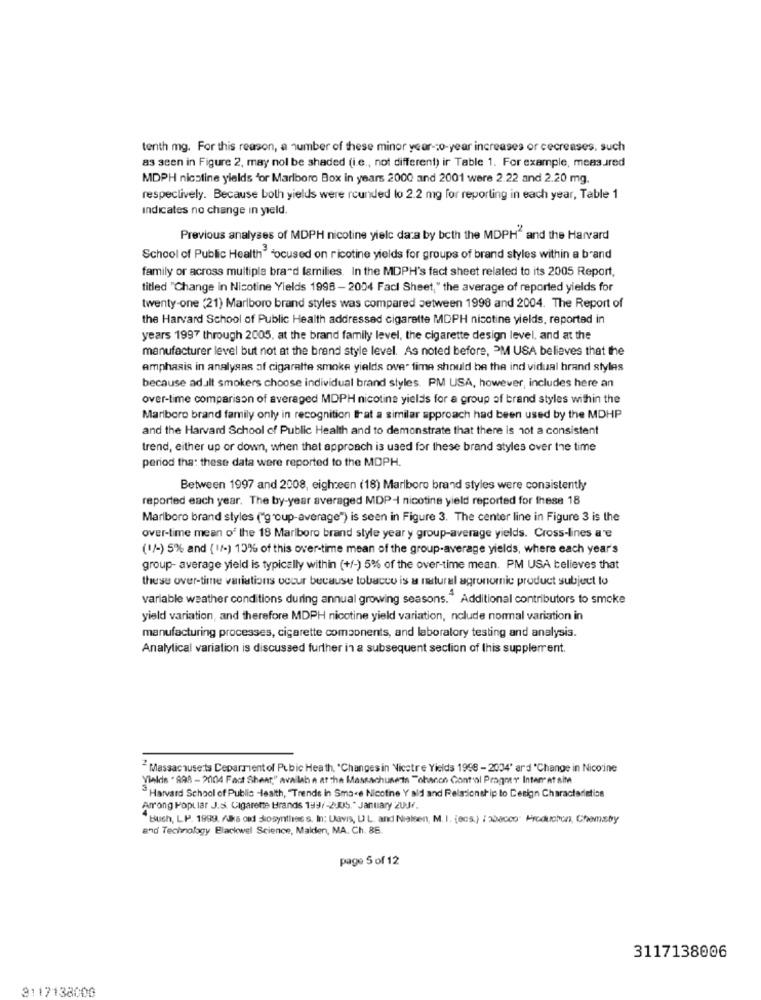
tenth mg. For this reason, a number of these minor year-so-year increases or cecreases, such
as seen in Figure 2, may nol be shaded (i.e ., not different) ir Table 1. For example, measured
MDPH nicstine yields 'or Marlboro Box in years 2000 and 2001 were 2.22 and 2.20 mg.
respectively. Because both yields were rounded lo 2.2 mg for reporting in each year, Table 1
Indicates no change in yield.
Previous analyses of MDPH nicotine yielc data by both the MDPH and the Harvard
School of Public Health' focused on ricotine yields for groups of brand styles within a brand
family or across multiple brand families. In the MDPH's fact sheet related to its 2005 Report,
titled "Change in Nicotine Yields 1998 -2004 Fact Sheet," the average of reported yields for
twenty-one (21) Marlboro brand styles was compared between 1998 and 2004. The Report of
the Harvard School of Public Health addressed cigarette MDPH nicotine yields, reported in
years 1997 through 2005. at the brand family level, the cigarette design level, and at the
manufacturer level but not at the brand style level. As noted before, PM USA believes that the
emphasis in analysas of cigarette smoke yields over time should be the ind vidual brand styles
because adult smokers choose individual brand styles. PM USA, however, includes here an
over-time comparison of averaged MDPH nicotine yields for a group of brand styles within the
Marlboro brand family only in recognition fat a similar approach had been used by the MDHP
and the Harvard School of Public Health and to demonstrate that there is not a consistent
trend, either up or down, when that approach is used for these brand styles over the time
period tha: these data were reported to the MDPH.
Between 1997 and 2008, eighteen (18) Marlboro brand styles were consistently
reported each year. The by-year averaged MDP-I nicotine yield reported for these 18
Marlboro brand styles ("group-average") is seen in Figure 3. The center line in Figure 3 is the
over-time mean of the 18 Marlboro brand style year y group-average yields. Cross-lines a 'e
(1/-) 5% and ( 11-) 10% of this over-time mean of the group-average yields, where each year's
group- average yield is typically within (+/-) 5% of the over-time mean. PM USA believes that
these over-time variations occur because tobacco is a natural agronomic product subject to
variable weather conditions during annual growing seasons. " Additional contributors to smoke
yield variation, and therefore MDPH nicotine yield variation, nclude normal variation in
manufacturing processes, cigarette components, and laboratory testing and analysis.
Analytical variation is discussed further in a subsequent section of this supplerrent.
Massachusetts Deparment of Pubic Heath, "Changes in Nicetre Yields 1998 - 2004' ard "Change in Nicoine
Yields .998 - 2004 Fact Sheet," availab a at the Massachusetts "chacon Control Progres Inter at she
Harvard School of Public -Health, "Trends in Sma<e Nicotine Y ald and Relationship to Design Characteristics
Among Popular J.s. Cigarette Brands 199/-2JUS. " January 2UJF.
"Bush, L.P. 1999. Alka ond skosynthes s. In: Uavis, UL. and Nielsen, M. I. (ecs.) / 30acco" Producten, Chemsby
and Technology Blackwel Science, Malden, MA. Ch. 86.
page 5 of 12
3117138006
3117138000